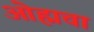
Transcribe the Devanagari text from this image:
ओह्मचा